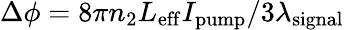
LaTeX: \Delta\phi=8\pi n_{2}L_{\mathrm{eff}}I_{\mathrm{pump}}/3\lambda_{\mathrm{signal}}